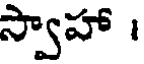
స్వాహా